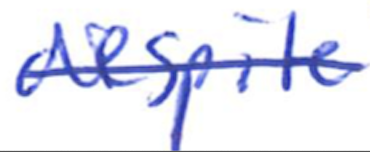
Text: despite
Cross-out: single-line
Writing tool: ballpoint